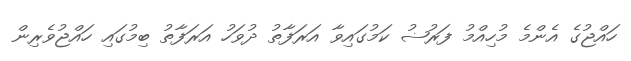
ހައްޖުގެ އެންމެ މުހިއްމު ފަރުޟު ކަމުގައިވާ އަރަފާތު ދުވަހު އަރަފާތު ބިމުގައި ހައްޖުވެރިން